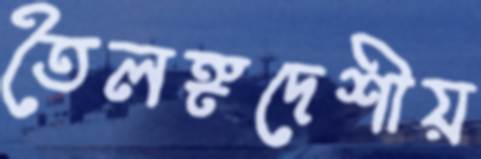
তৈলঙ্গদেশীয়